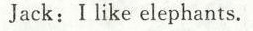
Jack:I like elephants.